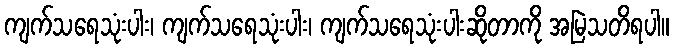
ကျက်သရေသုံးပါး၊ ကျက်သရေသုံးပါး၊ ကျက်သရေသုံးပါးဆိုတာကို အမြဲသတိရပါ။